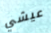
عيشي